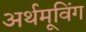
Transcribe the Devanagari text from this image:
अर्थमूविंग